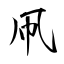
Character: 凧